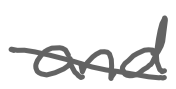
Text: and
Cross-out: diagonal
Writing tool: digital_gray